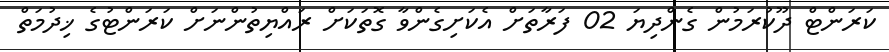
ކަރަންޓް ދޫކުރަމުން ގެންދިޔަ 02 ފަރާތަށް އެކަށިގެންވާ ގޮތަކަށް ރައްޔިތުންނަށް ކަރަންޓުގެ ޚިދުމަތް